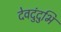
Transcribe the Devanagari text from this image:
देवदुंदुभि